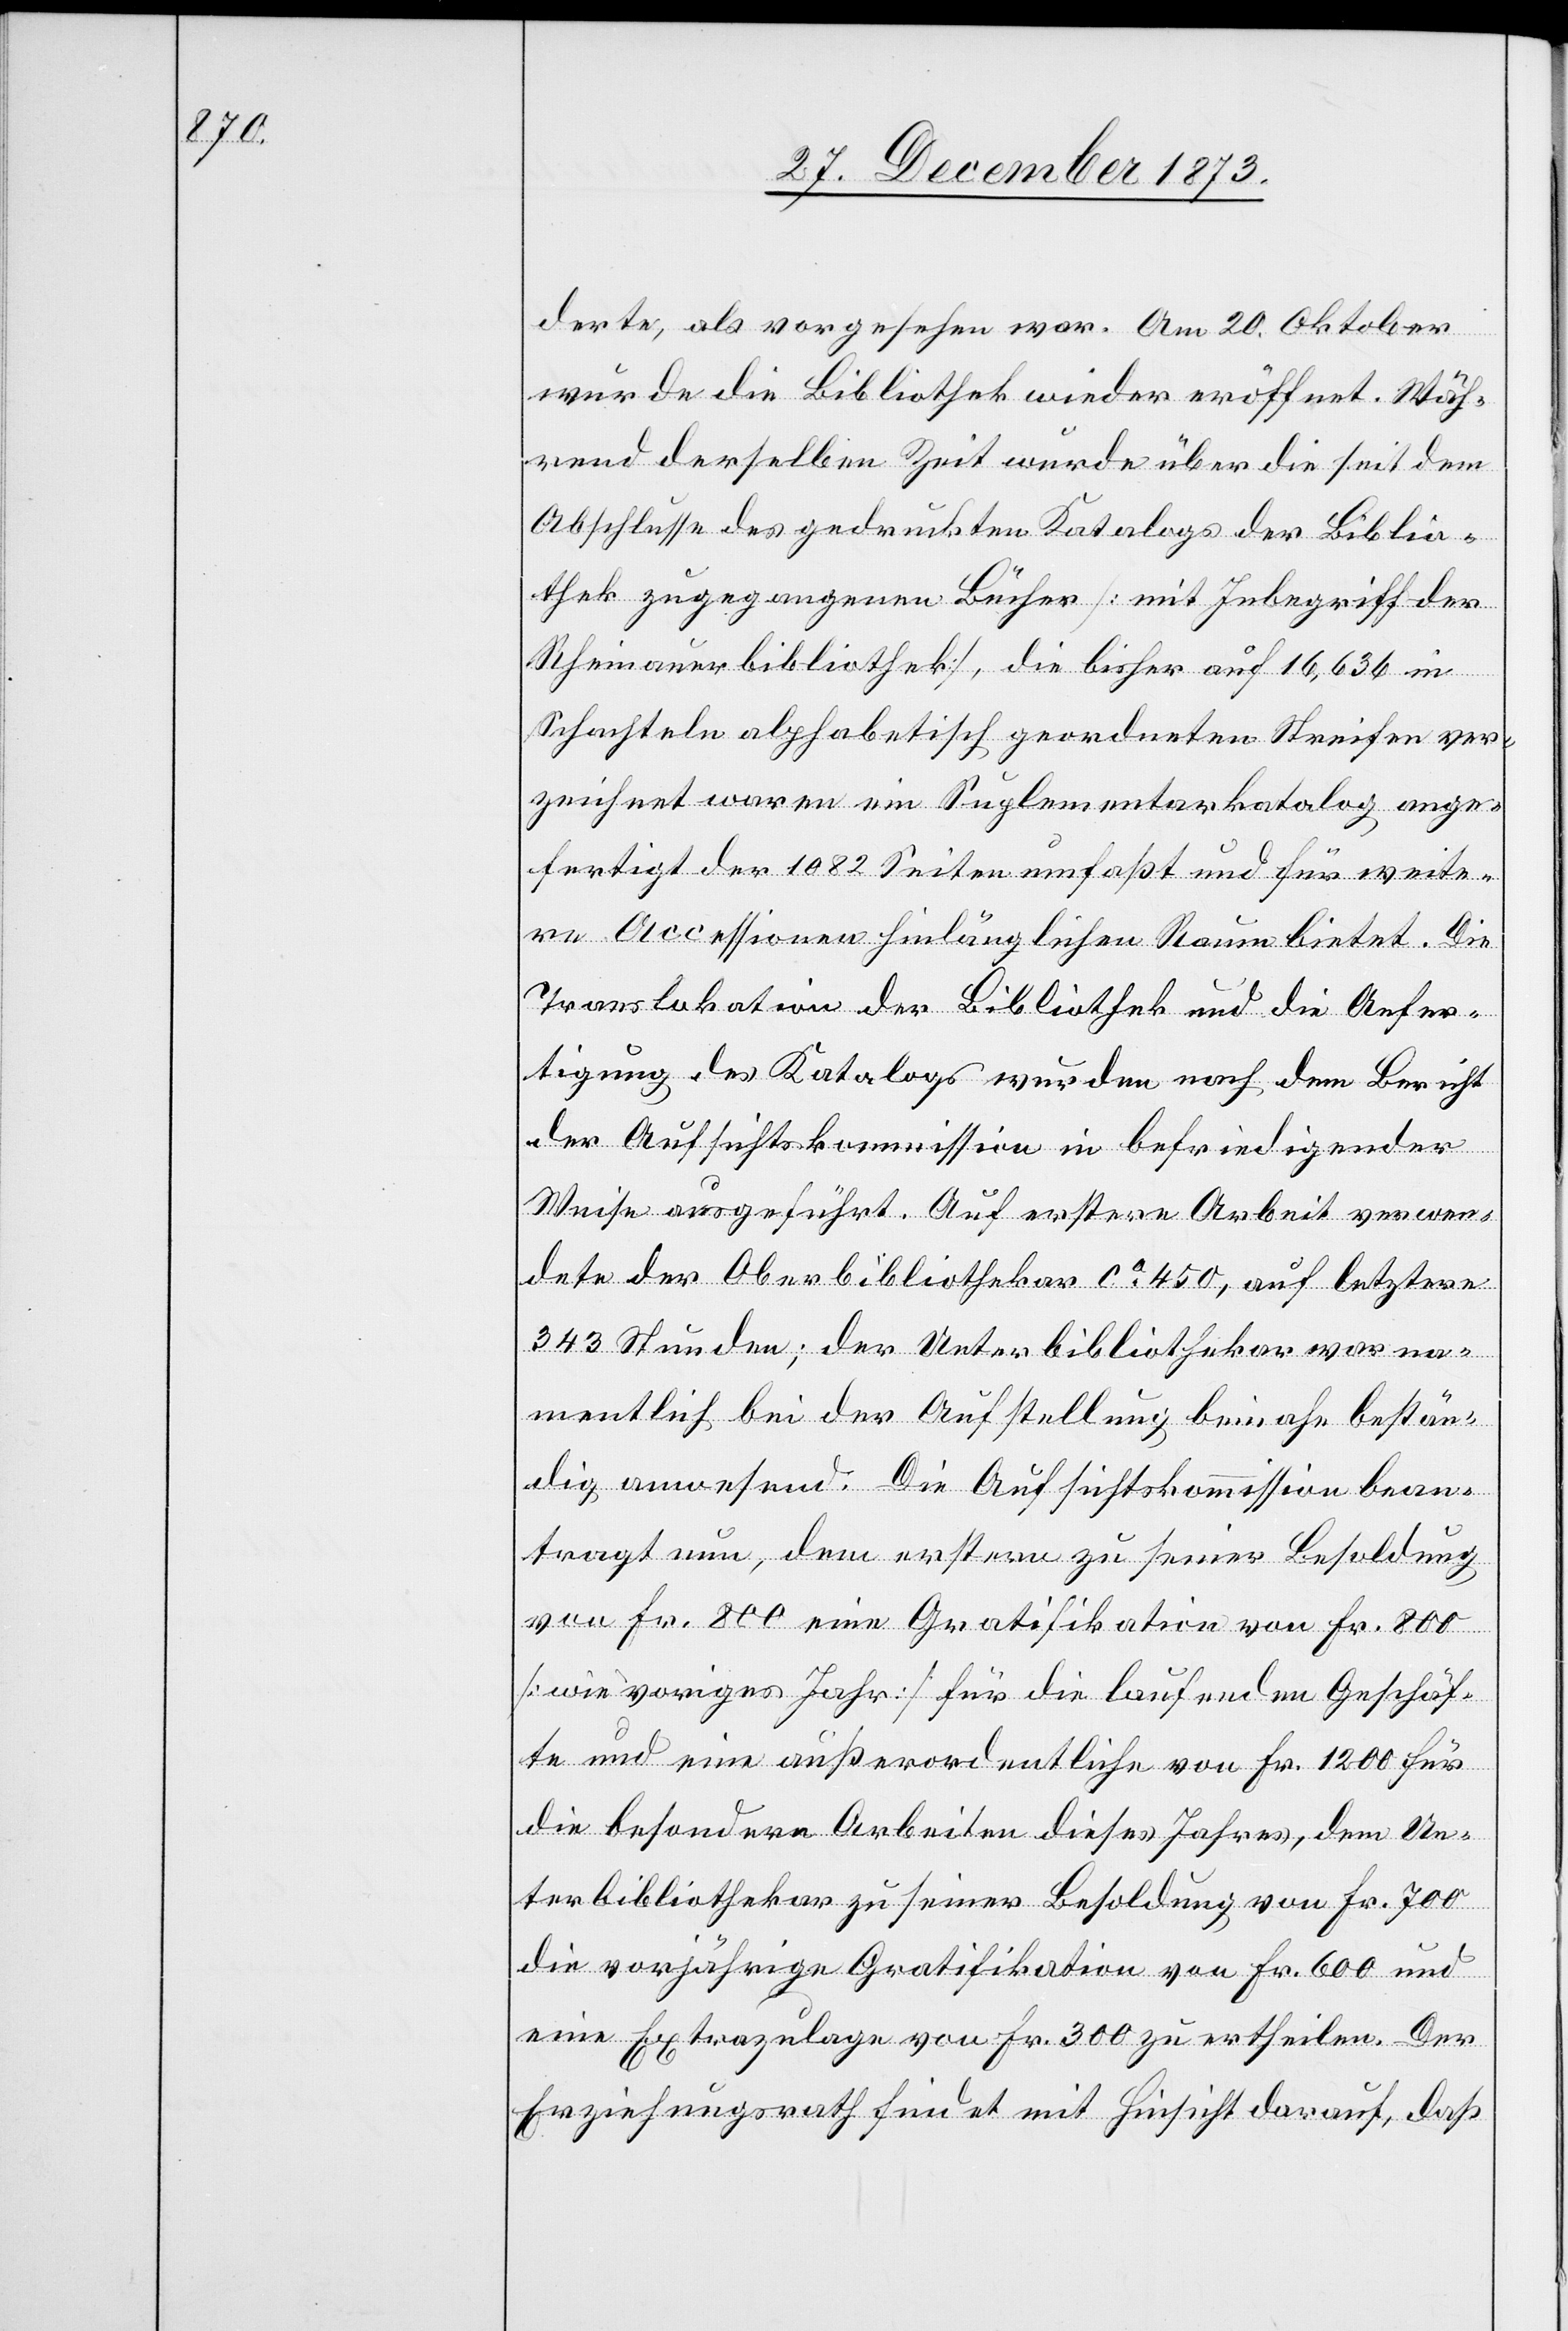
derte, als vorgesehen war. Am 20. Oktober
wurde die Bibliothek wieder eröffnet. Wäh¬
rend derselben Zeit wurde über die seit dem
Abschlusse des gedruckten Katalogs der Biblio¬
thek zugegangenen Bücher [mit Inbegriff der
Rheinauerbibliothek], die bisher auf 16,636 in
Schachteln alphabetisch geordneten Streifen ver¬
zeichnet waren ein Suplementarkatalog [sic!] ange¬
fertigt der 1 082 Seiten umfaßt und für weite¬
re Accessionen hinlänglichen Raum bietet. Die
Translokation der Bibliothek und die Anfer¬
tigung des Katalogs wurden nach dem Bericht
der Aufsichtskommission in befriedigender
Weise ausgeführt. Auf erstere Arbeit verwen¬
dete der Oberbibliothekar ca 450, auf letztere
343 Stunden; der Unterbibliothekar war na¬
mentlich bei der Aufstellung beinahe bestän¬
dig anwesend. Die Aufsichtskommission bean¬
tragt nun, dem erstern zu seiner Besoldung
von Fr. 800 eine Gratifikation von Fr. 800
[wie voriges Jahr] für die laufenden Geschäf¬
te und eine außerordentliche von Fr. 1 200 für
die besondern Arbeiten dieses Jahres, dem Un¬
terbibliothekar zu seiner Besoldung von Fr. 700
die vorjährige Gratifikation von Fr. 600 und
eine Extrazulage von Fr. 300 zu ertheilen. Der
Erziehungsrath findet mit Hinsicht darauf, daß